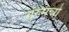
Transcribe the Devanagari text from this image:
गुरुमन्त्रो